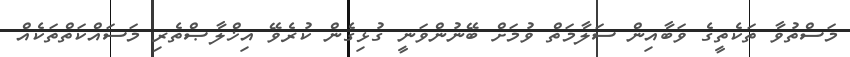
މަސްތުވާ ތަކެތީގެ ވަބާއިން ސަލާމަތް ވުމަށް ބޭނުންވަނީ ގުޅިގެން ކުރެވޭ އިޚްލާޞްތެރި މަސައްކަތްތަކެއް